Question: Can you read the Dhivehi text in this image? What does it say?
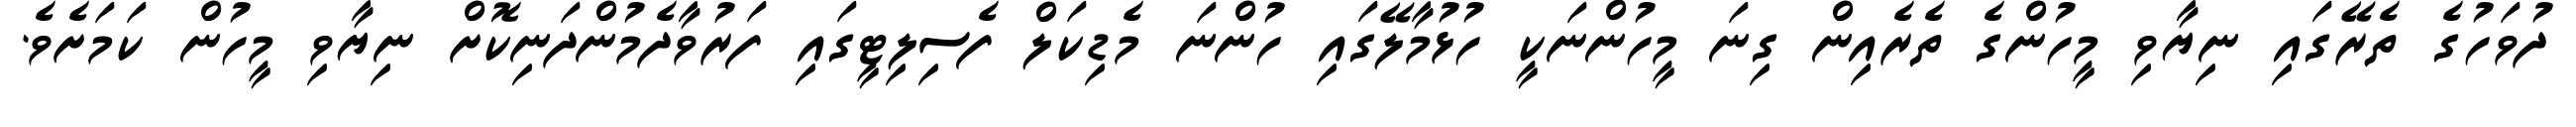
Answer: ދުވަހުގެ ތެރޭގައި ނިޔާވި މީހުންގެ ތެރެއިން ގިނަ މީހުންނަކީ ހުޅުމާލޭގައި ހުންނަ މެޑިކަލް ފެސިލިޓީގައި ފަރުވާދެމުންދަނިކޮށް ނިޔާވި މީހުން ކަމަށެވެ.